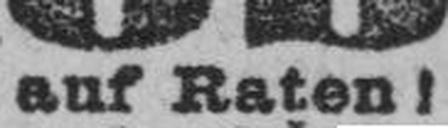
auf Raten!